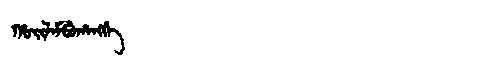
Manchu: ᡥᠣᡳᠯᠠᠮᠪᡠᡥᠠᠩᡤᡝ
Romanization: HOILAMBUHANGGE